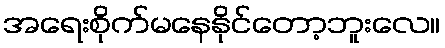
အရေးစိုက်မနေနိုင်တော့ဘူးလေ။